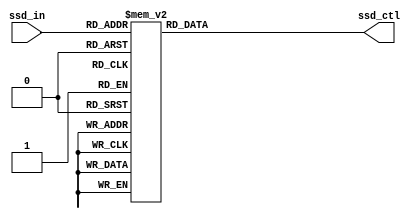
`timescale 1ns / 1ps


`define SS_0 8'b00000011
`define SS_1 8'b10011111
`define SS_2 8'b00100101
`define SS_3 8'b00001101
`define SS_4 8'b10011001
`define SS_5 8'b01001001
`define SS_6 8'b01000001
`define SS_7 8'b00011111
`define SS_8 8'b00000001
`define SS_9 8'b00001001
`define SS_F 8'b01110001
`define SS_A 8'b00010001
`define SS_S 8'b11111101
`define SS_M 8'b10010001
`define SS_Ne 8'b11111101



module Display_for_keyboard(
    input [3:0]ssd_in,
    output reg [7:0] ssd_ctl
    );
    
always @*
    begin
      case (ssd_in)
        4'd0: ssd_ctl= `SS_0;
        4'd1: ssd_ctl = `SS_1;
        4'd2: ssd_ctl = `SS_2;
        4'd3: ssd_ctl = `SS_3;
        4'd4: ssd_ctl = `SS_4;
        4'd5: ssd_ctl = `SS_5;
        4'd6: ssd_ctl = `SS_6;
        4'd7: ssd_ctl = `SS_7;
        4'd8: ssd_ctl = `SS_8;
        4'd9: ssd_ctl = `SS_9;
        4'd10: ssd_ctl = `SS_A;
        4'd11: ssd_ctl = `SS_M;
        4'd12: ssd_ctl = `SS_S;
        4'd15: ssd_ctl = `SS_Ne;
        default: ssd_ctl = 8'b11111111;
        endcase
   end
             
endmodule